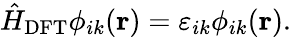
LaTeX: \hat{H}_{\mathrm{DFT}}\phi_{ik}(\mathbf{r})=\varepsilon_{ik}\phi_{ik}(\mathbf{r}).